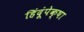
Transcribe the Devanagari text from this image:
हिंदूंपेक्षा